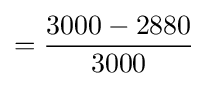
={\frac {3000-2880}{3000}}